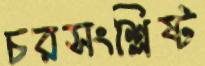
চরসংশ্লিষ্ট